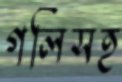
গলিসহ